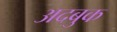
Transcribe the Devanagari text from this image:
अदबुक